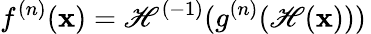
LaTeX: f^{(n)}(\mathbf{x})=\mathscr{H}^{(-1)}(g^{(n)}(\mathscr{H}(\mathbf{x})))\,